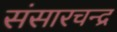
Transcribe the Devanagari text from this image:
संसारचन्द्र